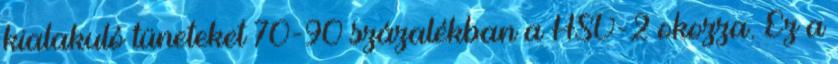
kialakuló tüneteket 70-90 százalékban a HSV-2 okozza. Ez a